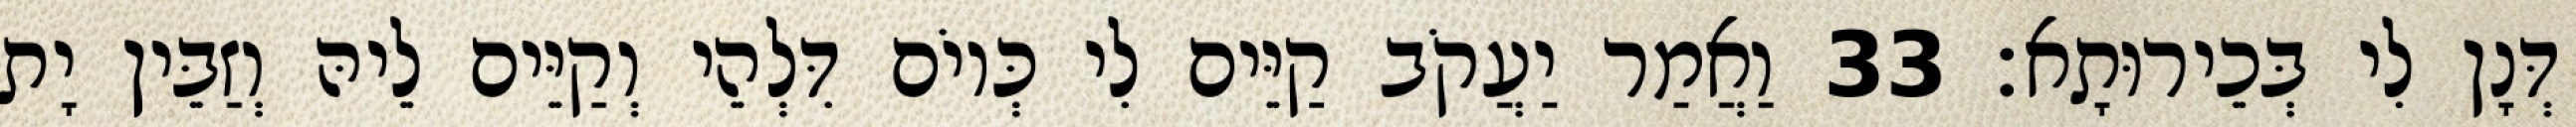
דְּנָן לִי בְּכֵירוּתָא׃ 33 וַאֲמַר יַעֲקֹב קַיֵּים לִי כְּיוֹם דִּלְהֵי וְקַיֵּים לֵיהּ וְזַבֵּין יָת